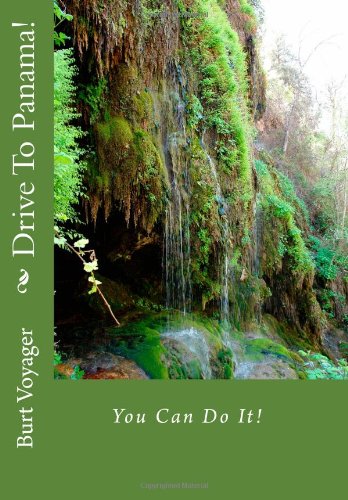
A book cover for Drive To Panama!: You Can Do It!.; Burt Voyager; Travel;